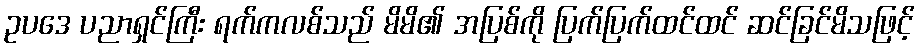
ဥပဒေ ပညာရှင်ကြီး ရက်ကလစ်သည် မိမိ၏ အပြစ်ကို ပြက်ပြက်ထင်ထင် ဆင်ခြင်မိသဖြင့်